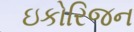
ઇકોરિજન